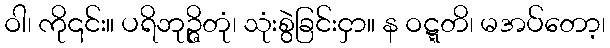
ဝါ၊ ကို၎င်း။ ပရိဘုဉ္ဇိတုံ၊ သုံးစွဲခြင်းငှာ။ န ဝဋ္ဋတိ၊ မအပ်တော့၊